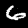
Digit: 6